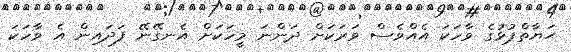
ޙަޔާތްޕުޅުގެ ވާހަކަ އެއްވެސް ވަރަކަށް ދަންނަ މީހަކަށް އެނގޭނޭ ފަދައިން އެ ވާހަކަ